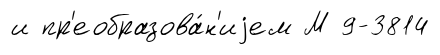
и пр'еобразова́н'иjем М 9-3814